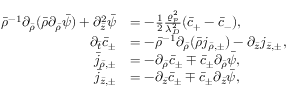
\begin{array} { r l } { \bar { \rho } ^ { - 1 } \partial _ { \bar { \rho } } ( \bar { \rho } \partial _ { \bar { \rho } } \bar { \psi } ) + \partial _ { \bar { z } } ^ { 2 } \bar { \psi } } & { = - \frac { 1 } { 2 } \frac { \varrho _ { p } ^ { 2 } } { \lambda _ { D } ^ { 2 } } ( \bar { c } _ { + } - \bar { c } _ { - } ) , } \\ { \partial _ { \bar { t } } \bar { c } _ { \pm } } & { = - \bar { \rho } ^ { - 1 } \partial _ { \bar { \rho } } ( \bar { \rho } j _ { \bar { \rho } , \pm } ) - \partial _ { \bar { z } } j _ { \bar { z } , \pm } , } \\ { \bar { j } _ { \bar { \rho } , \pm } } & { = - \partial _ { \bar { \rho } } \bar { c } _ { \pm } \mp \bar { c } _ { \pm } \partial _ { \bar { \rho } } \bar { \psi } , } \\ { \bar { j } _ { \bar { z } , \pm } } & { = - \partial _ { \bar { z } } \bar { c } _ { \pm } \mp \bar { c } _ { \pm } \partial _ { \bar { z } } \bar { \psi } , } \end{array}